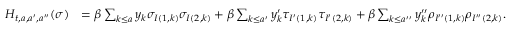
\begin{array} { r l } { H _ { t , a , a ^ { \prime } , a ^ { \prime \prime } } ( \sigma ) } & { = \beta \sum _ { k \leq a } y _ { k } \sigma _ { I ( 1 , k ) } \sigma _ { I ( 2 , k ) } + \beta \sum _ { k \leq a ^ { \prime } } y _ { k } ^ { \prime } \tau _ { I ^ { \prime } ( 1 , k ) } \tau _ { I ^ { \prime } ( 2 , k ) } + \beta \sum _ { k \leq a ^ { \prime \prime } } y _ { k } ^ { \prime \prime } \rho _ { I ^ { \prime \prime } ( 1 , k ) } \rho _ { I ^ { \prime \prime } ( 2 , k ) } . } \end{array}